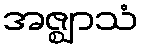
အဇ္ဈာသံ